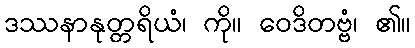
ဒဿနာနုတ္တရိယံ၊ ကို။ ဝေဒိတဗ္ဗံ၊ ၏။